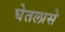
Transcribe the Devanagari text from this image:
घेतलासे